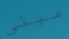
مبنى